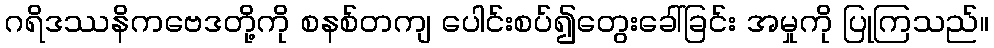
ဂရိဒဿနိကဗေဒတို့ကို စနစ်တကျ ပေါင်းစပ်၍တွေးခေါ်ခြင်း အမှုကို ပြုကြသည်။